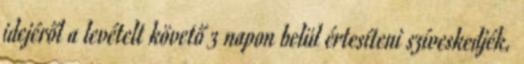
idejéről a levételt követő 3 napon belül értesíteni szíveskedjék.